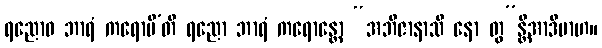
ရညောဝ ဘာရံ ကရောမီ’တိ ရညော ဘာရံ ကရောန္တော “အဘိဇာနာသိ နော တွ”န္တိအာဒိမာဟ။